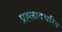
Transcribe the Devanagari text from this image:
प्रह्लादचरित्र